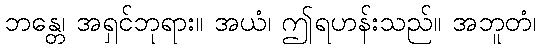
ဘန္တေ၊ အရှင်ဘုရား။ အယံ၊ ဤရဟန်းသည်။ အဘူတံ၊